Scottish Leaving Certificate Examination, 1957
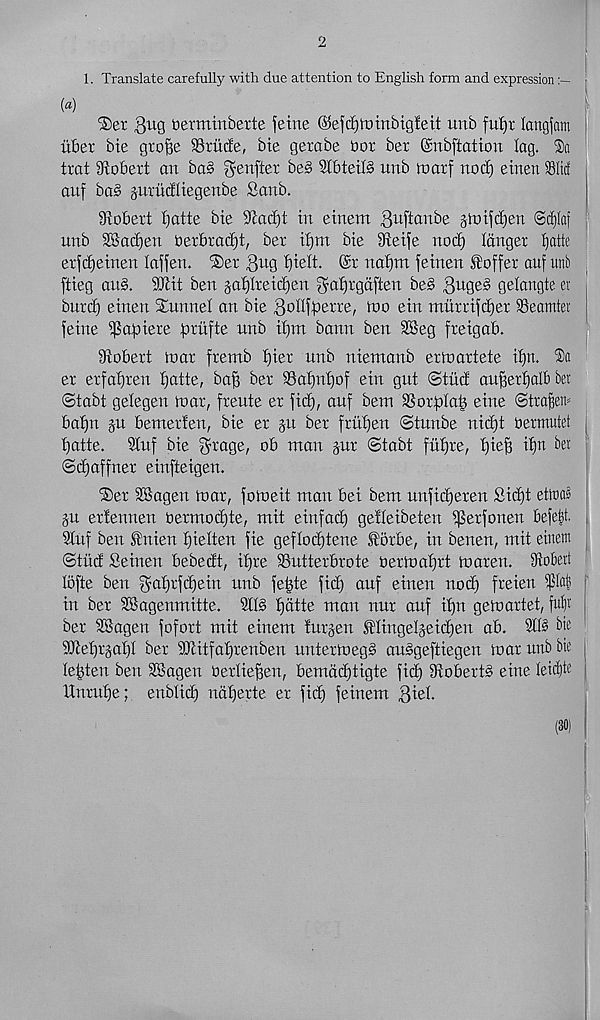
2
1. Translate carefully with due attention to English form and expressionr
(a)
®er gug tierminbette feme @efd)lx)inbtg!ett unb fufir langjatn
itber bie gtofje SSriicEe, bie gerabe bor ber (Snbfiatton log. ®a
trot ^Robert on ba§ genfter be§ StbteilS unb toarf notf) etnen Slit!
ouf ba§ guructliegenbe Sanb.
Robert t^atte bie S^odit in einem B^ftonbe jtuifc^en @(t)(aj ‘
unb 3®oc£)en berbroc^t, ber itjru bie 9teife notf) longer ^atte
erfcfjeinen toffen. ®er 3 u g t)ielt. @r nofjm feinen Coffer ouf unb
ftieg au§. Sbtit ben jottfreidfen gatjrgdften be§ QuatZ gelongte er j
buret) einen Xunnel on bie BoIIf^erre, tno ein mumfcfjer Seamier
feine ifJafaiere priifte nub it)m bonn ben 2Beg freigab.
^Robert mar fremb t)ier unb niemanb ermartete ifjn.
er erfotjreu f)atte, bo^ ber Sot)nt)of ein gut ©tiicf ou^erf)olb bet
©tobt getegen mar, freute er fid), ouf betn Soriplat) eine Stra^em
bafjn ju bemerfen, bie er §u ber frufjen ©tunbe nii^t bermutet
tjatte. Stuf bie forage, ob man pr ©tabt fiifjre, ^ie§ ibn ber
©djaffner einfteigen.
®er SBagen mar, fomeit man bei bem unfidferen Sid)t ettna^
p ertennen bermod)te, mit einfact) getteibeten ijSerfonen befe|t.
SCuf ben £nien t)ietten fie geflodjtene ®5rbe, in benen, mit einetn
©tiid Seinen bebedt, itjre Sutterbrote bermat)rt maren. ^Robert
lofte ben gabrfdjein unb fe^te fid) auf einen nod) freien
in ber SBagenmitte. 2tt§ f)dtte man nur auf iffn gemortet, W
ber dSagen fofort mit einem furjen 5ttingel§eict)en ab. 2113 hie
2Ret)rpt)t ber SRitfatjrenben untermegS an§geftiegen mar unb bie
te^ten ben SBogen berlie^en, bemddjtigte fid) 9tobert§ eine Ieid)te
Unrutje; enblid) ndberte er fid) feinem
(30) I
I